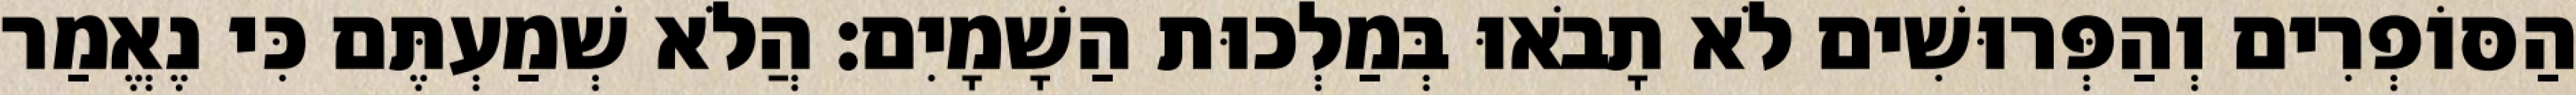
הַסּוֹפְרִים וְהַפְּרוּשִׁים לֹא תָבֹאוּ בְּמַלְכוּת הַשָׁמָיִם׃ הֲלֹא שְׁמַעְתֶּם כִּי נֶאֱמַר